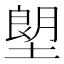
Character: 塱